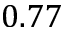
0 . 7 7